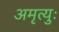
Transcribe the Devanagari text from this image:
अमृत्युः